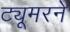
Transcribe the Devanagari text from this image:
ट्यूमरने